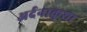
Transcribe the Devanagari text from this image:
अर्दनाक्रुशा